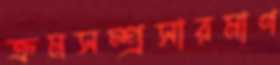
ক্রমসম্প্রসারমাণ